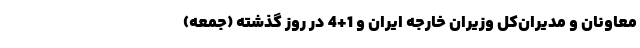
معاونان و مدیران‌کل وزیران خارجه ایران و 1+4 در روز گذشته (جمعه)